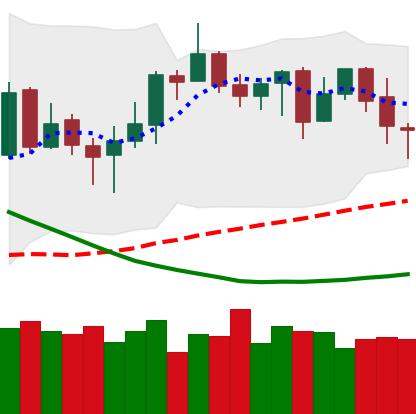
Ticker: NEO-USD
Chart end date: 2019-03-26
Forward return: 10.895%
Label: up_7plus